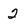
Character: 2